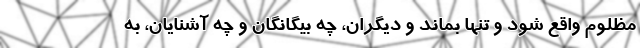
مظلوم واقع شود و تنها بماند و ديگران، چه بيگانگان و چه آشنايان، به